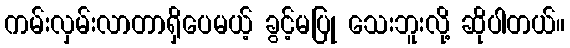
ကမ်းလှမ်းလာတာရှိပေမယ့် ခွင့်မပြု သေးဘူးလို့ ဆိုပါတယ်။